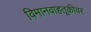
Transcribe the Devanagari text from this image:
विमानवाहतूकीवर